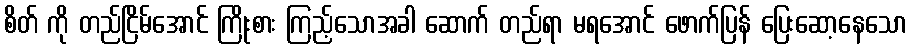
စိတ် ကို တည်ငြိမ်အောင် ကြိုးစား ကြည့်သောအခါ ဆောက် တည်ရာ မရအောင် ဖောက်ပြန် ပြေးဆော့နေသော